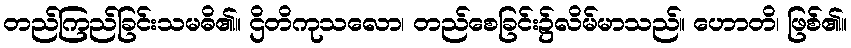
တည်ကြည်ခြင်းသမဓိ၏။ ဌိတိကုသလော၊ တည်စေခြင်း၌လိမ်မာသည်။ ဟောတိ၊ ဖြစ်၏။